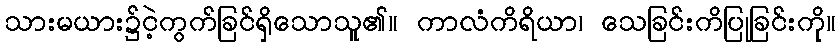
သားမယား၌ငဲ့ကွက်ခြင်ရှိသောသူ၏။ ကာလံကိရိယာ၊ သေခြင်းကိပြုခြင်းကို။